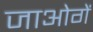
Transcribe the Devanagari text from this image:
जाओगें